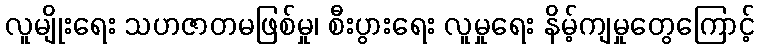
လူမျိုးရေး သဟဇာတမဖြစ်မှု၊ စီးပွားရေး လူမှုရေး နိမ့်ကျမှုတွေကြောင့်